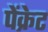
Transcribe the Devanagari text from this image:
पेंक्रेट